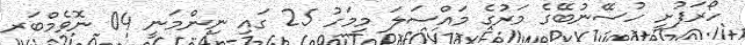
ހޯރަފުށީ ހުސޭނުބޭގެ މަރުގެ މައްސަލަ މިމަހު 25 ގައި ނިންމަނީ 04 ނޮވެމްބަރ